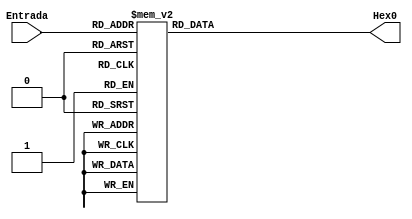
module display (Entrada, Hex0);
// I/O list
input wire[3:0] Entrada;
output reg [6:0] Hex0;
// Digits and symbols as parameters
localparam zero   = 7'b1000000; //40
localparam um 	   = 7'b1111001; //79
localparam dois   = 7'b0100100; //24
localparam tres 	= 7'b0110000; //30
localparam quatro = 7'b0011001; //19
localparam cinco  = 7'b0010010; //12
localparam seis 	= 7'b0000010; //02
localparam sete 	= 7'b1111000; //78
localparam oito 	= 7'b0000000; //00
localparam nove 	= 7'b0011000; //18
localparam a	   = 7'b0001000; //18
localparam b	   = 7'b0000011; //18
localparam c   	= 7'b1000110; //18
localparam d   	= 7'b0100001; //18
localparam e   	= 7'b0000110; //18
localparam f   	= 7'b0001110; //18



always @ (Entrada) 
	case (Entrada)
	  // Positive values 
          4'b000000: {Hex0} <=  {zero};
          4'b000001: {Hex0} <=  {um};
          4'b000010: {Hex0} <=  {dois};
          4'b000011: {Hex0} <=  {tres};
          4'b000100: {Hex0} <=  {quatro};
          4'b000101: {Hex0} <=  {cinco};
          4'b000110: {Hex0} <=  {seis};
          4'b000111: {Hex0} <=  {sete};
          4'b001000: {Hex0} <=  {oito};
          4'b001001: {Hex0} <=  {nove};
          4'b001010: {Hex0} <=  {a};
          4'b001011: {Hex0} <=  {b};
          4'b001100: {Hex0} <=  {c};
          4'b001101: {Hex0} <=  {d};
          4'b001110: {Hex0} <=  {e};
          4'b001111: {Hex0} <=  {f};
          default:   {Hex0} <=  {zero};
        endcase
endmodule